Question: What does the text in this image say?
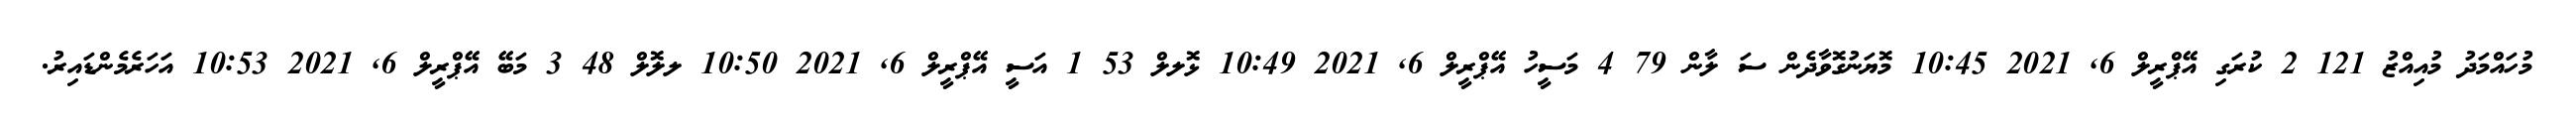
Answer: މުހައްމަދު މުއިއްޒު 121 2 ކުރަގި އޭޕްރީލް 6, 2021 10:45 މޮޔަނުގޮވާދެން ސަ ލާން 79 4 މަސީހު އޭޕްރީލް 6, 2021 10:49 ޅޮލލް 53 1 އަސީ އޭޕްރީލް 6, 2021 10:50 ލލޮލް 48 3 މަބޭ އޭޕްރީލް 6, 2021 10:53 އަހަރެމެންޑައިރު.